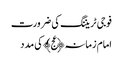
فوجی ٹریننگ کی ضرورت
امام زمانہ﴿عج﴾ کی مدد